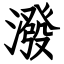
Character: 潑